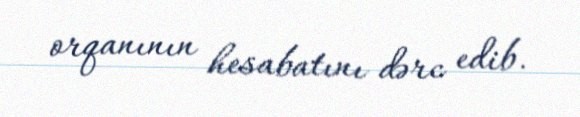
orqanının hesabatını dərc edib.